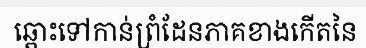
ឆ្ពោះទៅកាន់ព្រំដែនភាគខាងកើតនៃ